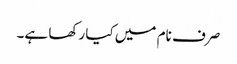
صرف نام میں کیا رکھا ہے۔